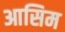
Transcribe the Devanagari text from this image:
आसिम